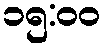
၁၅:၀၀